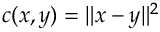
c ( x , y ) = \| x - y \| ^ { 2 }